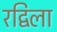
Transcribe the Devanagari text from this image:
रद्विला